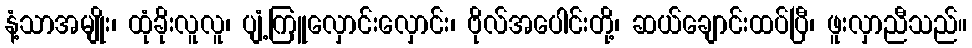
နံ့သာအမျိုး၊ ထုံခိုးလူလူ၊ ပျံ့ကြူလှောင်းလှောင်း၊ ဗိုလ်အပေါင်းတို့၊ ဆယ်ချောင်းထပ်ပြီ၊ ဖူးလှာညီသည်။